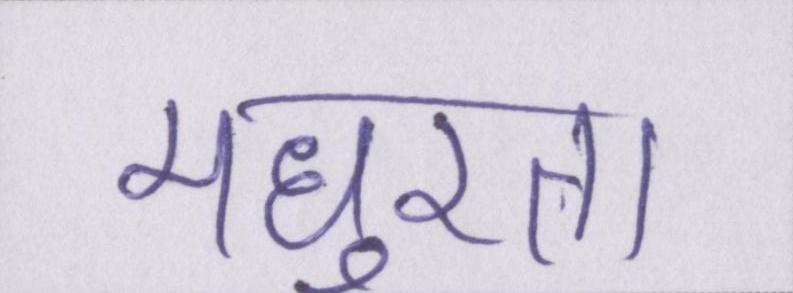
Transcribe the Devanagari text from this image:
मधुरता